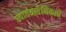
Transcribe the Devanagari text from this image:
स्वातंत्रसैनिकाचे